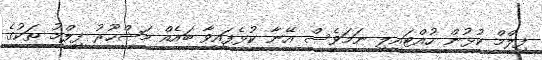
ފިލްމް ކުޅުން ހުއްޓައިލި ނަމަވެސް އޭނާ ކުޅެފައިވާ ބައެއް މަޝްހޫރު ފިލްމު ތަކުގެ